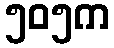
၅၀၅က